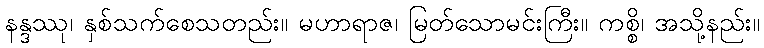
နန္ဒဿု၊ နှစ်သက်စေသတည်း။ မဟာရာဇ၊ မြတ်သောမင်းကြီး။ ကစ္စိ၊ အသို့နည်း။